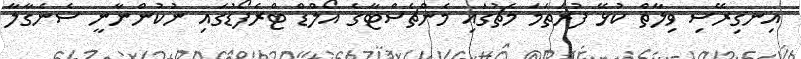
އިނގިރޭސި ވިލާތް ކުޅޭ ފުރަތަމަ މެޗުގައި މެންޗެސްޓާގެ އޯލްޑް ޓްރެފޯޑުގައި ނުކުންނާނީ ސެނެގާލާ